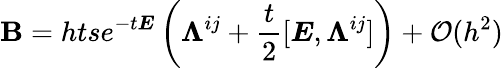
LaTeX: \boldsymbol{\textbf{B}}=htse^{-t\boldsymbol{E}}\left(\boldsymbol{\Lambda}^{ij}+\frac{t}{2}[\boldsymbol{E},\boldsymbol{\Lambda}^{ij}]\right)+\mathcal{O}(h^{2})